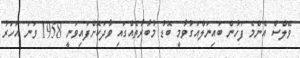
ވޭލްސް އެންމެ ފަހުން ބައިނަލްއަގުވާމީ ބޮޑު މުބާރާތެއްގައި ވާދަކޮށްފައިވަނީ 1958 ވަނަ އަހަރު